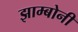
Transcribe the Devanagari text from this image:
झाम्बोनी